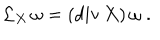
{ \mathcal L } _ { X } \, \omega = ( \mathrm { d i v } \, X ) \, \omega \; .